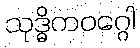
သုဒ္ဓိကဝဂ္ဂေါ